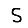
Digit: 5